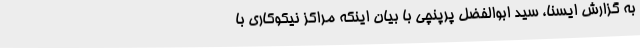
به گزارش ایسنا، سید ابوالفضل پرپنچی با بیان اینکه مراکز نیکوکاری با